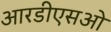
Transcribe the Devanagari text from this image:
आरडीएसओ